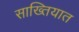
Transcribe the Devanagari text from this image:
साख्तियात